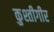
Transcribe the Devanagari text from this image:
कुश्तीगीर